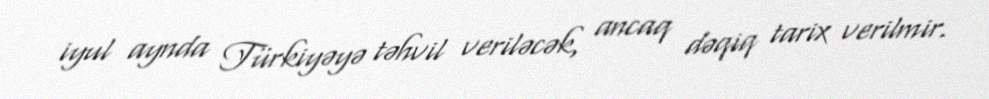
iyul aynda Türkiyəyə təhvil veriləcək, ancaq dəqiq tarix verilmir.